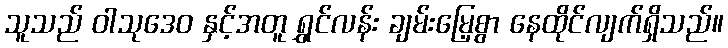
သူသည် ဝါသုဒေဝ နှင့်အတူ ရွှင်လန်း ချမ်းမြေ့စွာ နေထိုင်လျက်ရှိသည်။